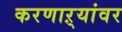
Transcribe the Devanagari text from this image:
करणाऱ्यांवर